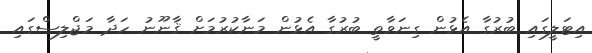
އިޓަލީގައި ބުރުގާ އެޅުން ގިނަވާތީ ބުރުގާ އެޅުން މަނާކުރުމަށް ޤާނޫނު ހަދާ މަޖްލިސްގައި